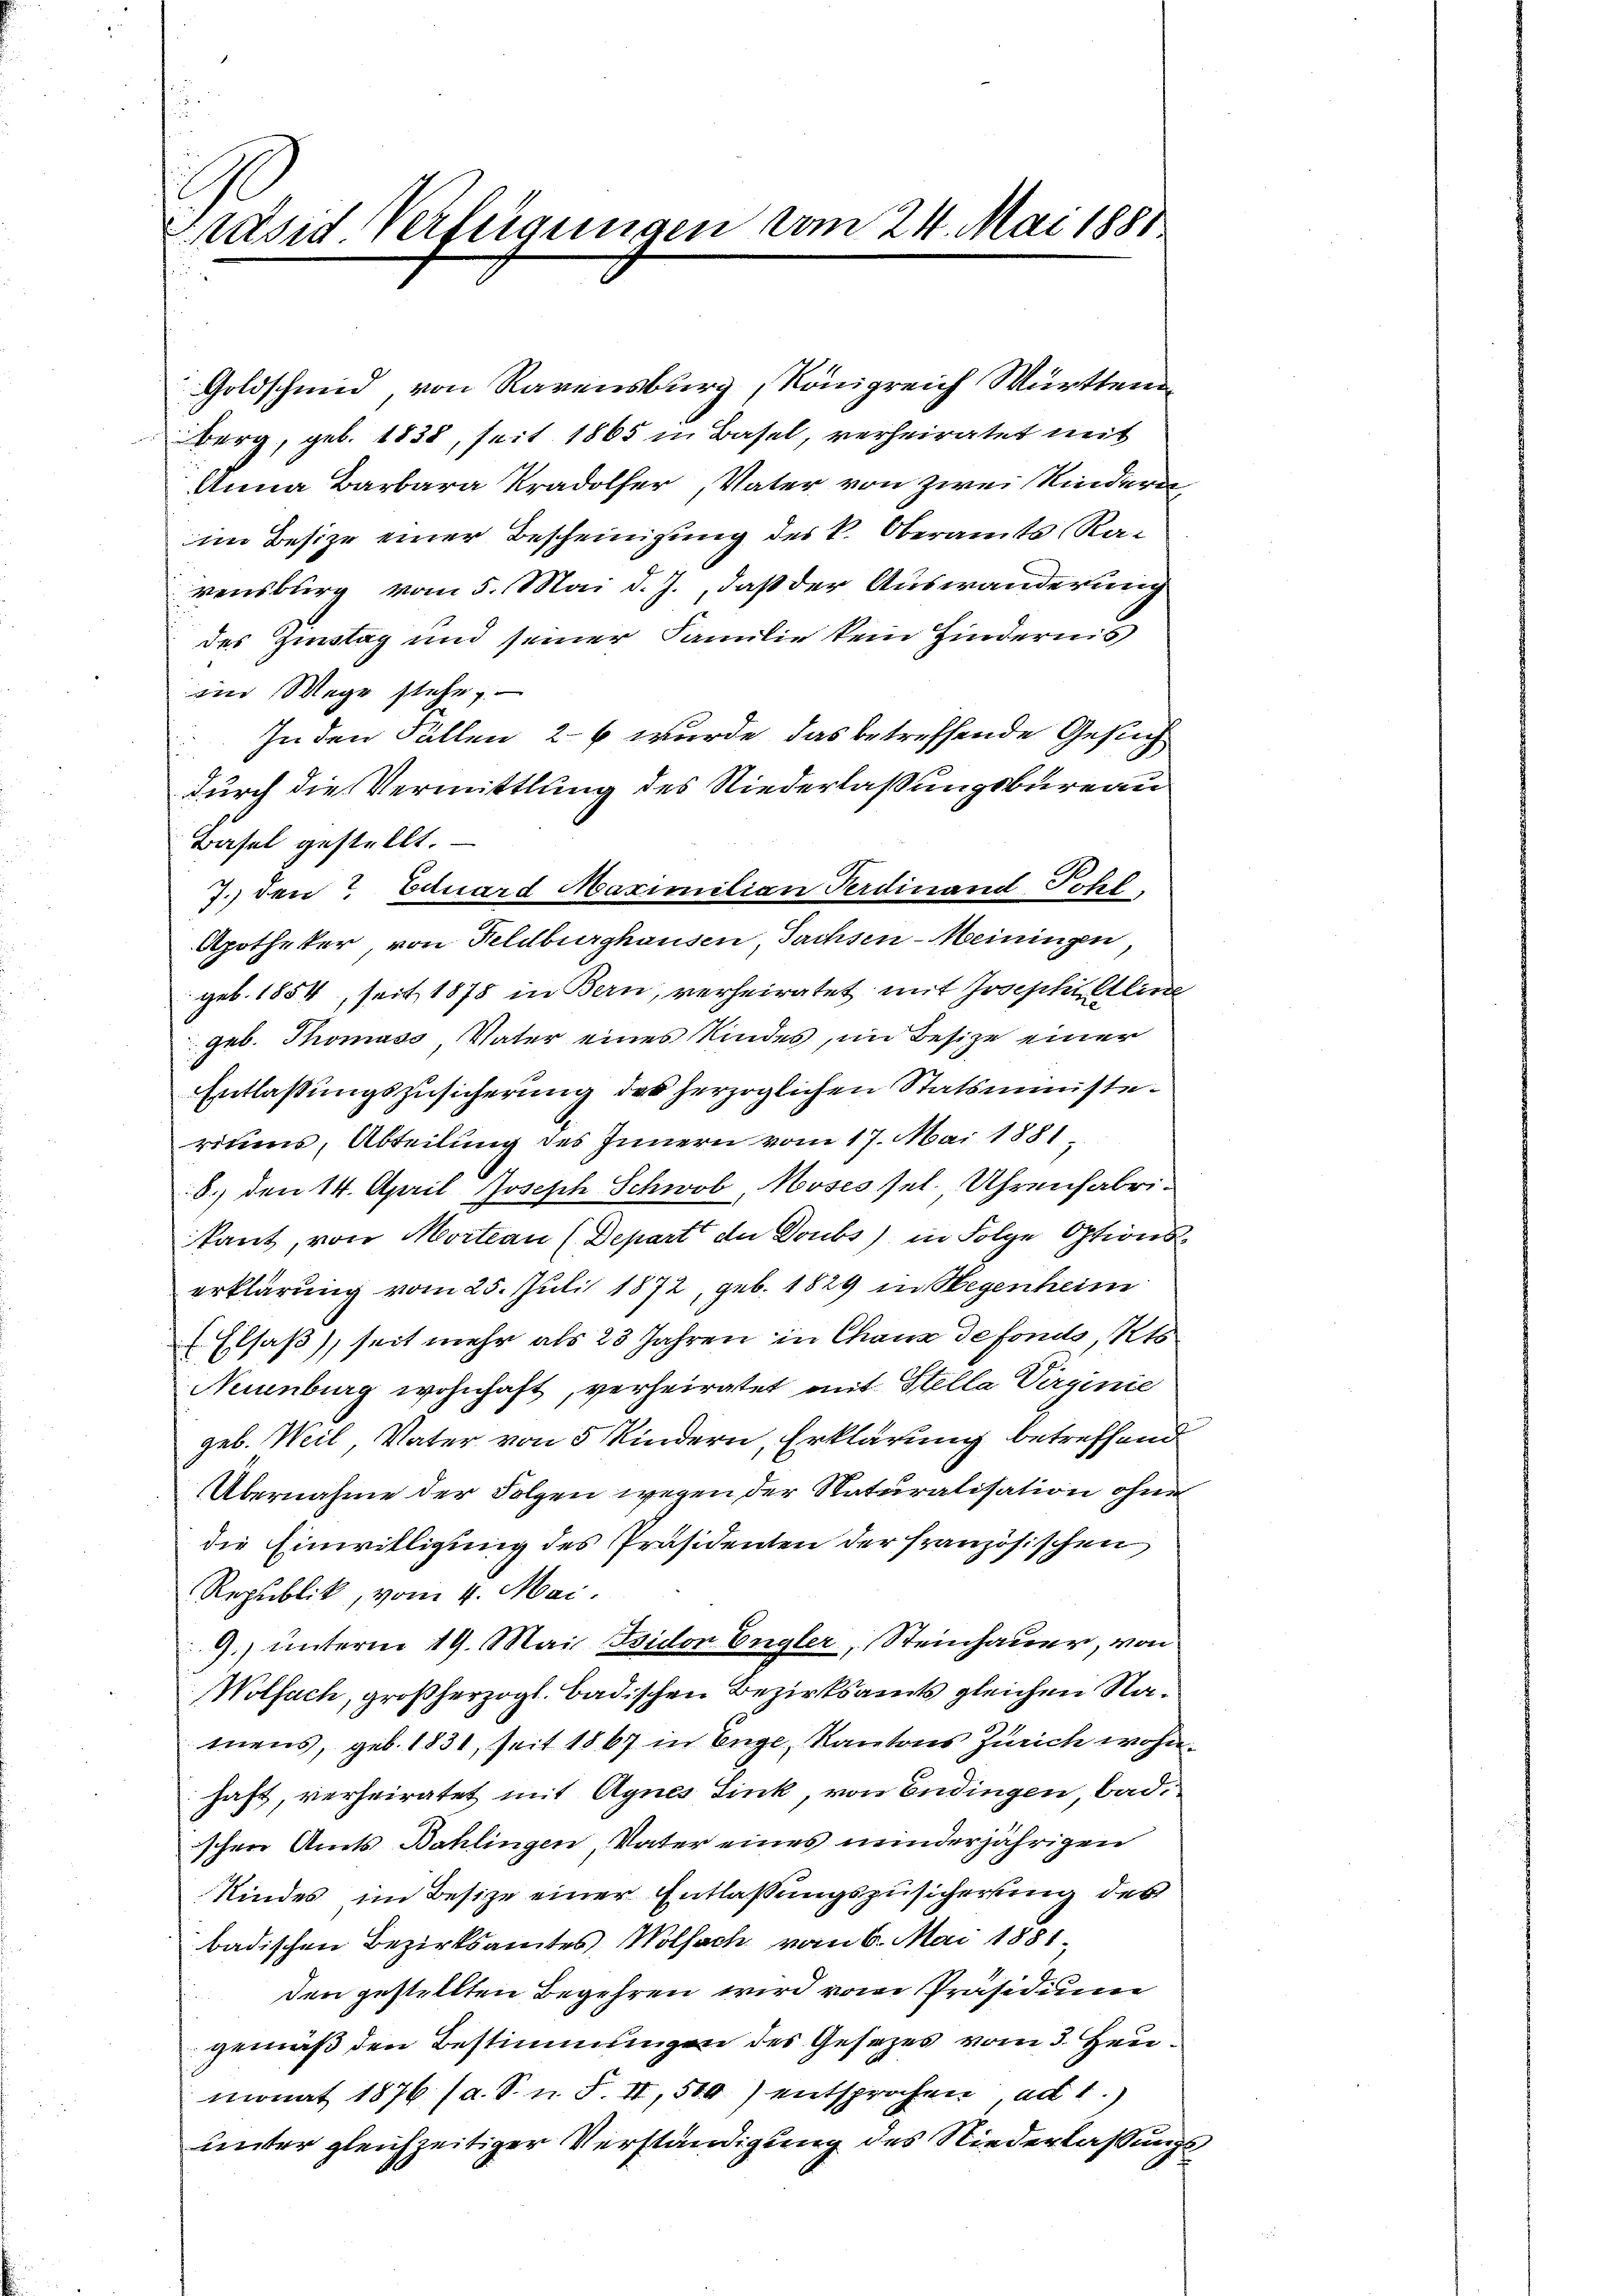
Präsid Verfügungen vom 24. Mai 1881

Goldschmid, von Ravensburg, Königreich Württem
Berg, geb. 1838, seit 1865 in Basel, verheiratet mit
Anna Barbara Kradolfer, Vater von zwei Kindern
im Besize einer Bescheinigung des k. Oberamts Ravensburg vom 5. Mai d. J., daß der Auswanderung
des Zinstag und seiner Familie kein Hindernis
im Wege stehe.
In den Fällen 26 wurde, das betreffende Gesuchdurch die Vermittlung des Niederlaßungsbureau
Basel gestellt.
7. den Eduard Maximilian Ferdinand Pohl
Apotheker von Feldburghausen, Sachsen-Meiningen,
geb. 1854, seit 1878 in Bern, verheiratet mit Josephilline
geb. Thomass Vater eines Kindes, im Besize einer
Entlaßungszusicherung des herzoglichen Statsministeriums, Abteilung des Innern vom 17. Mai 1881
8.) den 14. April Joseph Schwob, Moses sel. Uhrenfabrikant, von Mortian (Depart der Doubs) in Folge Options-
erklärung vom 25. Juli 1872, geb. 1829 in Wegenheim
Elsaß, seit mehr als 23 Jahren in Chaux de fondo, Kts
Neuenburg wohnhaft, verheiratet mit Stella Virginie
geb. Weil, Vater von 5 Kindern, Erklärung betreffend
Übernahme der Folgen wegen der Naturalisation ohne
die Einwilligung des Präsidenten der französischen
Republik, vom 4. Mai.
9.) unterm 19. Mai Isidor Engler, Steinhauer, von
Wolfach, großherzogl. Badischen Bezirksamts gleichen Namens, geb. 1831, seit 1867 in Enge, Kantons Zürich wohnhaft, verheiratet mit Agnes Sink, von Endingen, badi
schen Amts Bahlingen, Vater eines minderjährigen
Kindes im Besize einer Entlassungszusicherung des
badischen Bezirksamtes Wolfach vom 6. Mai 1881.
den gestellten Begehren wird vom Präsidium
gemäß den Bestimmungen des Gesezes vom 3. Heumonat 1876 (a. S. n. F. II, 500) entsprochen ad 1.)
unter gleichzeitiger Verständigung des Niederlaßungs¬